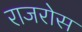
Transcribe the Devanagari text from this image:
राजरोस